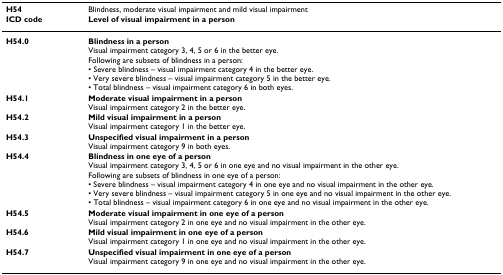
| H54 | Blindness, moderate visual impairment and mild visual impairment |
 | ICD code | Level of visual impairment in a person |
 | --- | --- |
 | H54.0 | Blindness in a personVisual impairment category 3, 4, 5 or 6 in the better eye.Following are subsets of blindness in a person:• Severe blindness – visual impairment category 4 in the better eye.• Very severe blindness – visual impairment category 5 in the better eye.• Total blindness – visual impairment category 6 in both eyes. |
 | H54.1 | Moderate visual impairment in a personVisual impairment category 2 in the better eye. |
 | H54.2 | Mild visual impairment in a personVisual impairment category 1 in the better eye. |
 | H54.3 | Unspecified visual impairment in a personVisual impairment category 9 in both eyes. |
 | H54.4 | Blindness in one eye of a personVisual impairment category 3, 4, 5 or 6 in one eye and no visual impairment in the other eye.Following are subsets of blindness in one eye of a person:• Severe blindness – visual impairment category 4 in one eye and no visual impairment in the other eye.• Very severe blindness – visual impairment category 5 in one eye and no visual impairment in the other eye.• Total blindness – visual impairment category 6 in one eye and no visual impairment in the other eye. |
 | H54.5 | Moderate visual impairment in one eye of a personVisual impairment category 2 in one eye and no visual impairment in the other eye. |
 | H54.6 | Mild visual impairment in one eye of a personVisual impairment category 1 in one eye and no visual impairment in the other eye. |
 | H54.7 | Unspecified visual impairment in one eye of a personVisual impairment category 9 in one eye and no visual impairment in the other eye. |